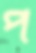
প